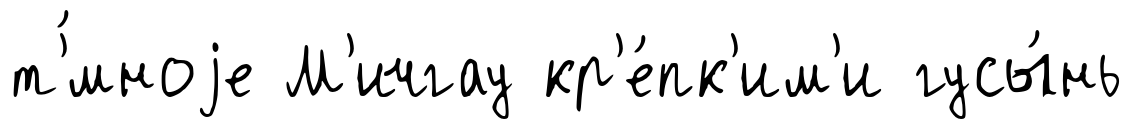
т'́мноjе М'ичгау кр'е́пк'им'и гусы́нь